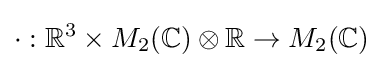
\cdot :\mathbb {R} ^{3}\times M_{2}(\mathbb {C} )\otimes \mathbb {R} \to M_{2}(\mathbb {C} )